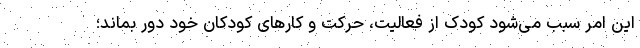
این امر سبب می‌شود کودک از فعالیت، حرکت و کارهای کودکان خود دور بماند؛